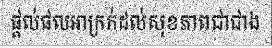
ផ្តល់ផលអាក្រក់ដល់សុខភាពជាជាង